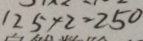
1 2 5 \times 2 = 2 5 0